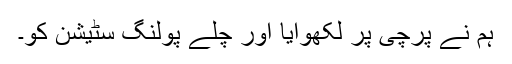
ہم نے پرچی پر لکھوایا اور چلے پولنگ سٹیشن کو۔